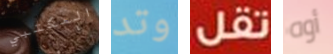
المكتبي وتد تقل أوه